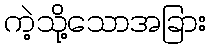
ကဲ့သို့သောအခြား